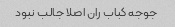
جوجه کباب ران اصلا جالب نبود